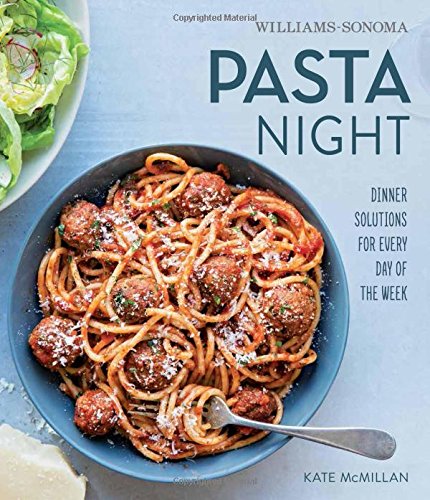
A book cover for Pasta Night (Williams-Sonoma); Kate McMillan; Cookbooks, Food & Wine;